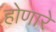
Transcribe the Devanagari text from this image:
होणारें